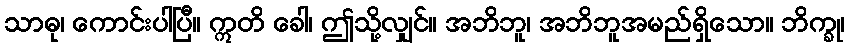
သာဓု၊ ကောင်းပါပြီ။ ဣတိ ခေါ၊ ဤသို့လျှင်။ အဘိဘူ၊ အဘိဘူအမည်ရှိသော။ ဘိက္ခု၊